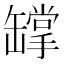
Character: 罉